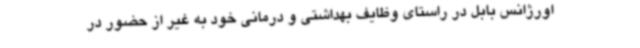
اورژانس بابل در راستای وظایف بهداشتی و درمانی خود به غیر از حضور در